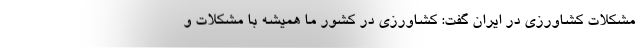
مشکلات کشاورزی در ایران گفت: کشاورزی در کشور ما همیشه با مشکلات و